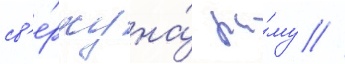
св'е́рху на́ ра́му //